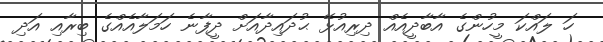
ހަ ލައްކަ މީހުންގެ އާބާދީއެއް ދިރިއުޅޭ ޙުދައިދާއަށް ދީފާނެ ހަމަލާއެއްގެ ބިރާއި އަދި